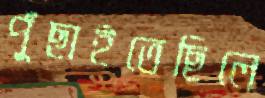
পুঁছাইতেছিলে